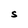
Character: S